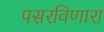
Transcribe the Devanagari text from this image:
पसरविणारा